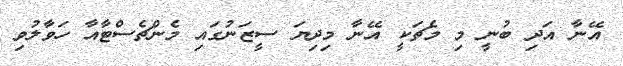
އޭނާ އަދި ބުނީ މި މެޗަކީ އޭނާ މިދިޔަ ސީޒަނުގައި މެންޗެސްޓާއާ ހަވާލުވި